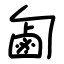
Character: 㔪